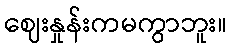
ဈေးနှုန်းကမကွာဘူး။